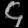
Digit: ၄